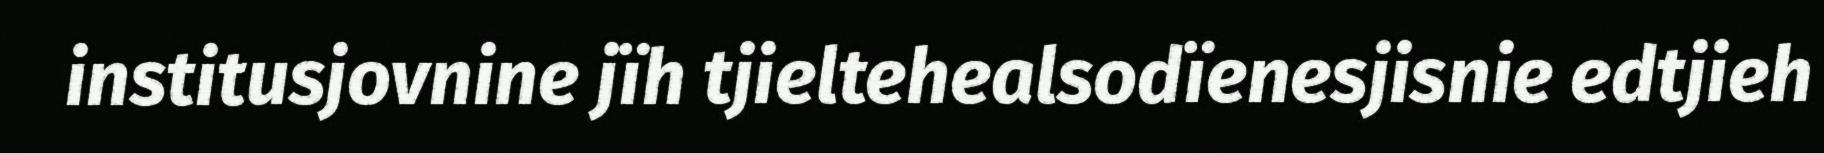
institusjovnine jïh tjieltehealsodïenesjisnie edtjieh